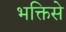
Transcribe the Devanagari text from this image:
भक्तिसे